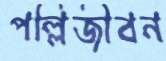
পল্লিজীবন